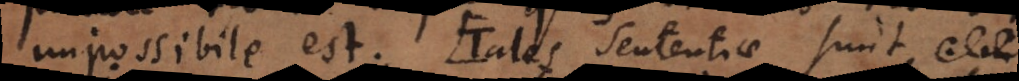
impossibile est. (+ Tales sententiae sunt,